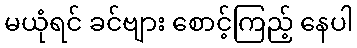
မယုံရင် ခင်ဗျား စောင့်ကြည့် နေပါ